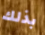
بذلك